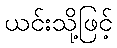
ယင်းသို့ဖြင့်